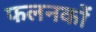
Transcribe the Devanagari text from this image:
फलनकों